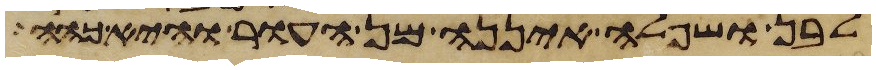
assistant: לבן ושפלה איננה מן העור והיא כהה